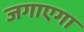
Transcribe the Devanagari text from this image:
जगाएगा